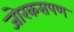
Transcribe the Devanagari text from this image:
जोरकसपण